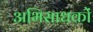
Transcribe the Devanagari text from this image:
अभिसाधकों